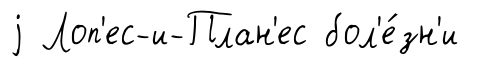
j Лоп'ес-и-План'ес бол'е́зн'и